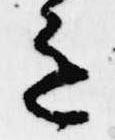
意